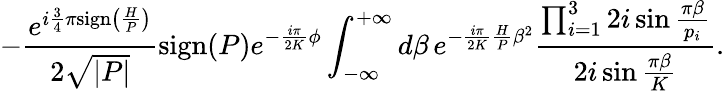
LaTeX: -\frac{e^{i\frac{3}{4}\pi\mathrm{sign}\left(\frac{H}{P}\right)}}{2\sqrt{|P|}}\mathrm{sign}(P)e^{-\frac{i\pi}{2K}\phi}\int_{-\infty}^{+\infty}d\beta\, e^{-\frac{i\pi}{2K}\frac{H}{P}\beta^{2}}\frac{\prod_{i=1}^{3}2i\sin\frac{\pi\beta}{p_{i}}}{2i\sin\frac{\pi\beta}{K}}.